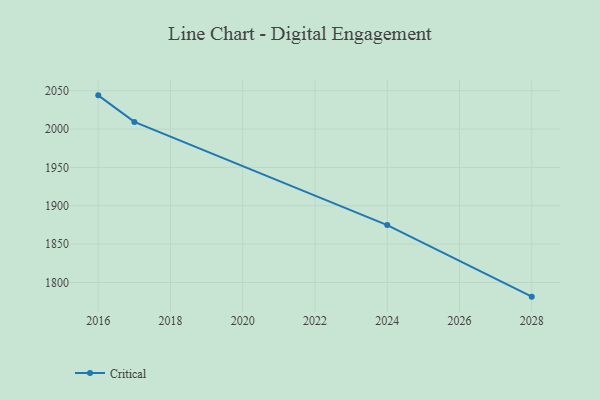
{"axis": {"x": "Year", "y": "Inventory Turnover"}, "legend": ["Critical"], "data": [{"x": "2016", "y": 2044.0, "type": "Critical"}, {"x": "2017", "y": 2009.4, "type": "Critical"}, {"x": "2024", "y": 1874.8, "type": "Critical"}, {"x": "2028", "y": 1781.5, "type": "Critical"}]}